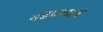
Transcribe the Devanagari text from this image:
मडवण्याचे